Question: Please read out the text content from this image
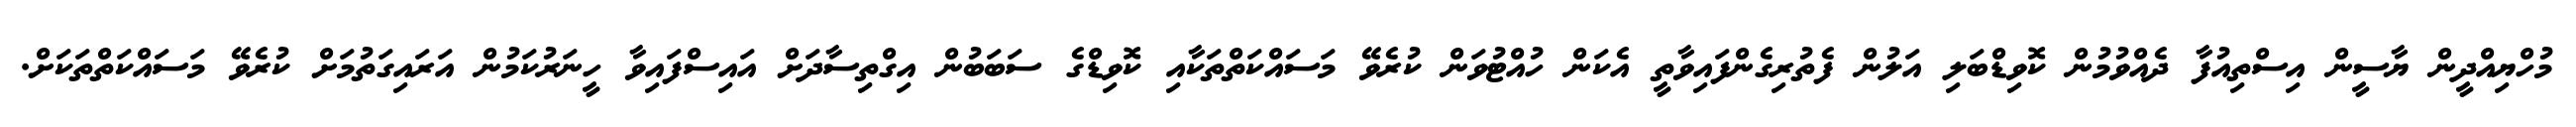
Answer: މުހްޔިއްދީން ޔާސީން އިސްތިއުފާ ދެއްވުމުން ކޮވިޑްބަލި އަލުން ފެތުރިގެންފައިވާތީ އެކަން ހުއްޓުވަން ކުރެވޭ މަސައްކަތްތަކާއި ކޮވިޑްގެ ސަބަބުން އިގްތިސާދަށް އައިސްފައިވާ ހީނަރުކަމުން އަރައިގަތުމަށް ކުރެވޭ މަސައްކަތްތަކަށް.